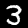
Digit: 3